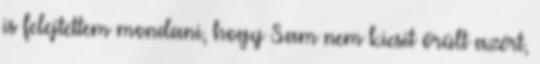
is felejtettem mondani, hogy Sam nem kicsit őrült azért,